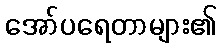
အော်ပရေတာများ၏